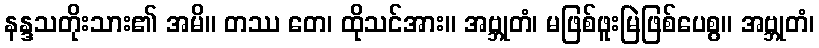
နန္ဒသတိုးသား၏ အမိ။ တဿ တေ၊ ထိုသင်အား။ အဗ္ဘုတံ၊ မဖြစ်ဖူးမြဲဖြစ်ပေစွ။ အဗ္ဘုတံ၊